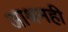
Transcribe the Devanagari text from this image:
आश्रमही